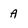
Character: A